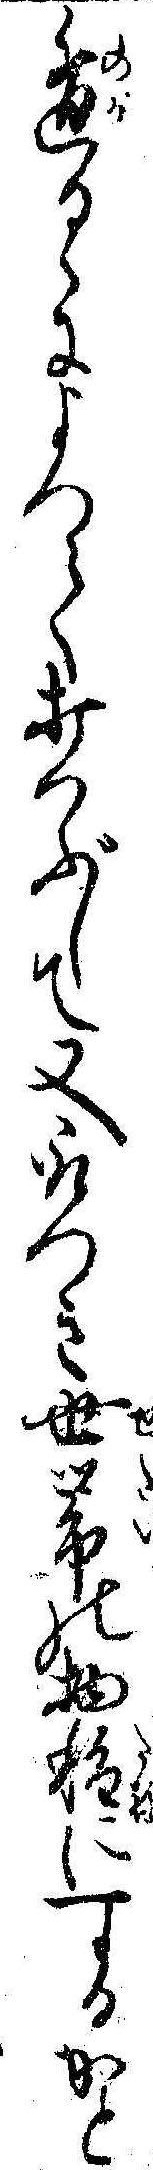
遁るゝによつて打つぶして又取つき世帯の物種にするかと